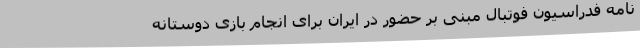
نامه فدراسیون فوتبال مبنی بر حضور در ایران برای انجام بازی دوستانه